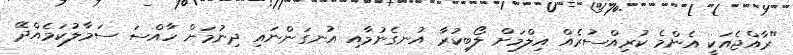
"ރާއްޖެއަކީ އެންމެ ކުރިއްސުރެއް އިލްމަށް ލޯބިކުރާ އުނގެނުމާއި އުނގަންނައި ދިނުމަށް ހާއްސަ ސަމާލުކަމެއްދޭ